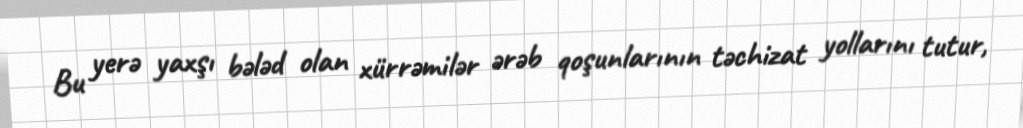
Bu yerə yaxşı bələd olan xürrəmilər ərəb qoşunlarının təchizat yollarını tutur,